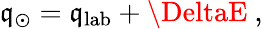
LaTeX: \mathfrak{q}_{\odot}=\mathfrak{q}_{\mathrm{{lab}}}+\DeltaE~,